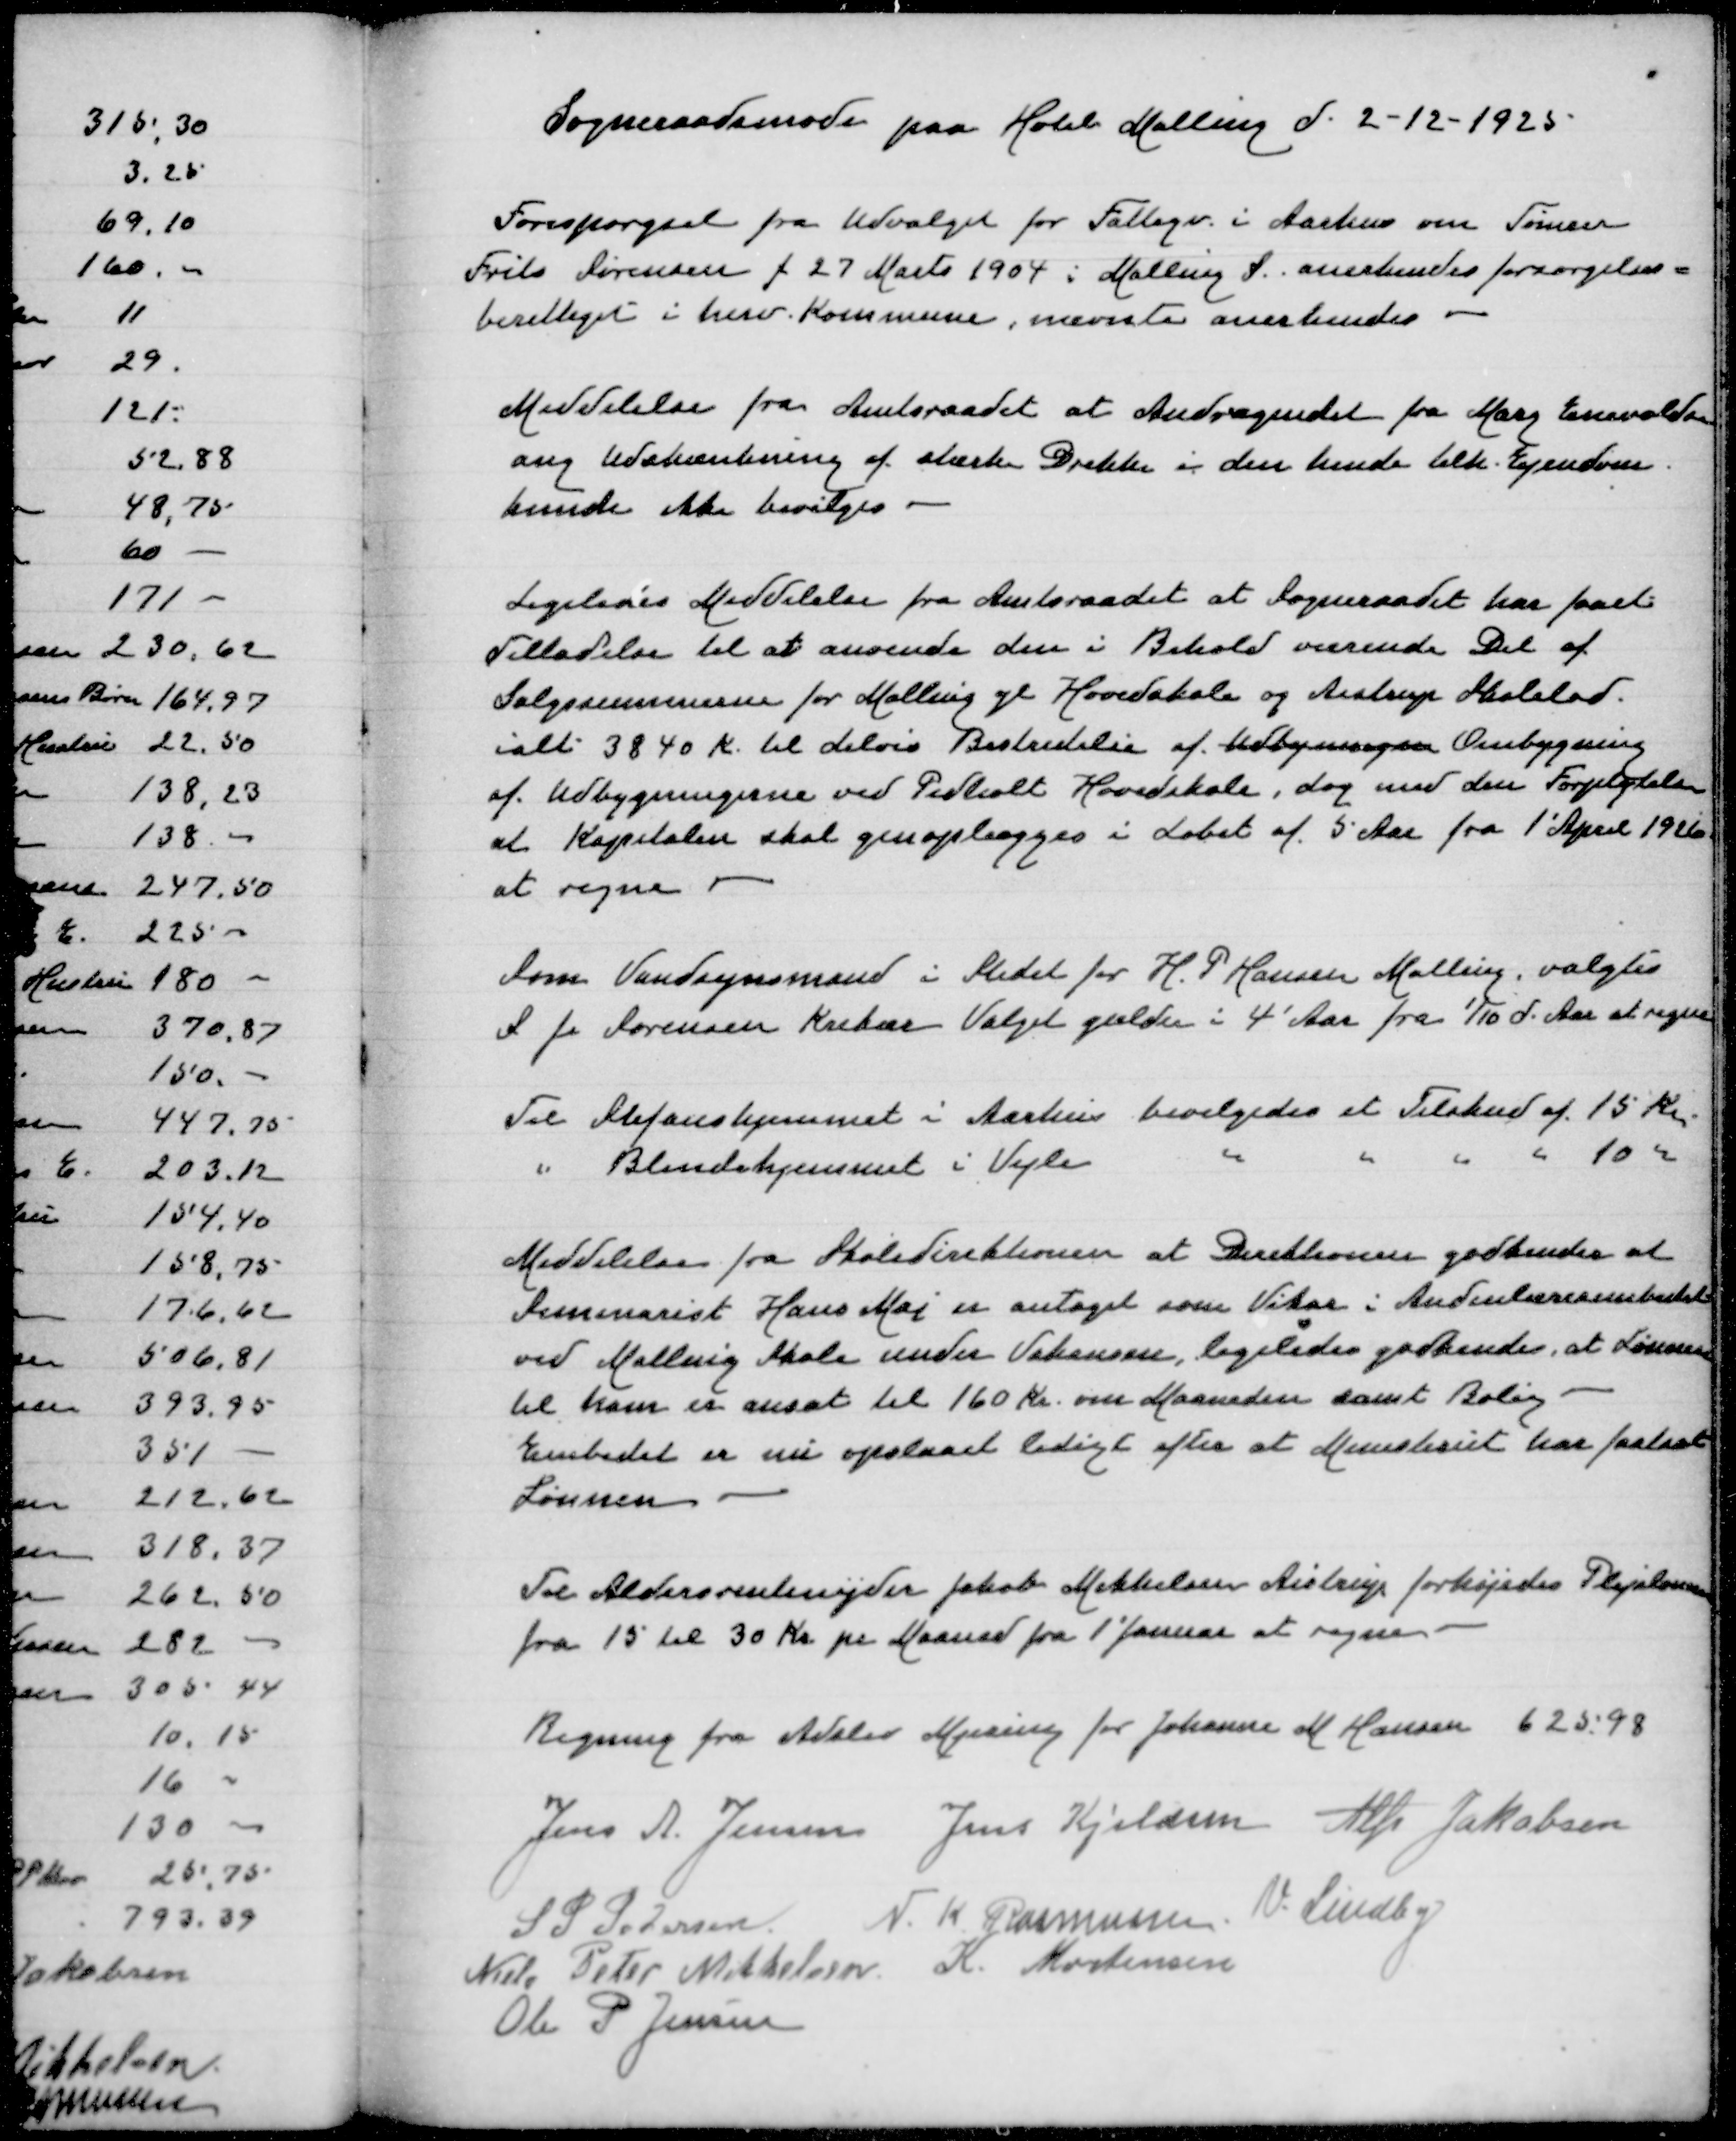
Transskription:
Sogneraadsmøde paa Hotel Malling d 2-12-1925

Forespørgsel fraUdvalget for Fattigv i Aarhus om Tømrer
Frits Sørensen f 27 Marts 1904 i Malling S anerkendes forsørgelses=
berettiget i herv Kommune, nævnte anerkendes

Meddelelse fra Amtsraadet at Andragendet fra Mary Enevoldsen
ang Udskænkning af stærke Drikke i den hende tilh Ejendom
kunde ikke bevilges

Ligeledes medelelse fra Amtsraadet at Sogneraadet har faaet
Tilladelse til at anvende den i Behold værende Del af
Salgssummen for Malling gl Hovedskole og Aistrup Skolelod
ialt 3840 Kr til delvis Bestridelse af Udbygningen Ombygning
af Udbygningerne ved Pedholt Hovedskole, dog med den Forpligtelse
at Kapitalen skal genoplægges i Løbet af 5 Aar fra 1' April 1926
at regne

Som Vandsynsmand i Stedet for H P Hansen Malling, valgtes
S J Sørensen Krekær Valget gælder i 4 Aar fra 1/10 d Aar at regne

Til Stefanshjemmet i Aarhus bevilgedes et Tilskud af 15 Kr
" Blindehjemmet i Vejle " " " " 10 Kr

Meddelelse fra Skoledirektionen at Direktionen godkender at
Seminarist Hans Mai er antaget som Vikar i Andenlærerembedet
ved Malling Skole under Vakansen, ligeledes godkendes, at Lønnen
til ham er ansat til 160 Kr om Maaneden samt Bolig
Embedet er nu opslaaet ledigt efter at Ministeriet har fastsat
Lønnen

Til Aldersrentenyder Jakob Mikkelsen Aistrup forhøjedes Plejelønnen
fra 15 til 30 Kr pr Maaned fra 1' Januar at regne

Regning fra Adslev Mjesing for Johanne M Hansen 625.98

Jens A Jensen
Jens Kjeldsen
Alfr Jakobsen
S P Pedersen
N K Rasmussen
V Lindby
Niels Peter Mikkelsen
K Mortensen
Ole P Jensen